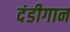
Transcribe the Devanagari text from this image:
दंडीगान